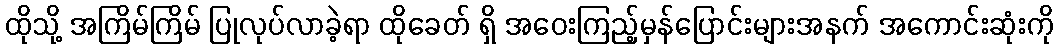
ထိုသို့ အကြိမ်ကြိမ် ပြုလုပ်လာခဲ့ရာ ထိုခေတ် ရှိ အဝေးကြည့်မှန်ပြောင်းများအနက် အကောင်းဆုံးကို